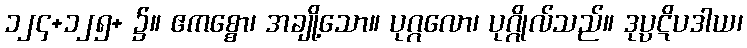
၁၂၄+၁၂၅+ ၌။ ဧကစ္စော၊ အချို့သော။ ပုဂ္ဂလော၊ ပုဂ္ဂိုလ်သည်။ ဒုပ္ပဋိပဒါယ၊